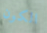
الكون